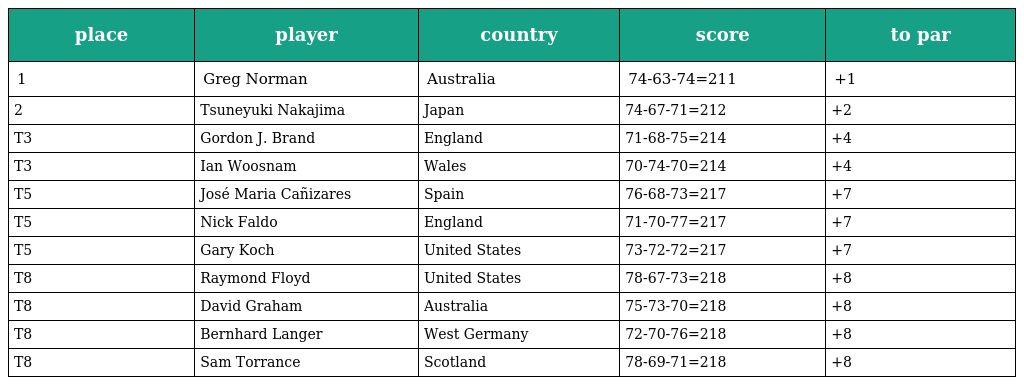
| place | player | country | score | to par |
 | --- | --- | --- | --- | --- |
 | 1 | Greg Norman | Australia | 74-63-74=211 | +1 |
 | 2 | Tsuneyuki Nakajima | Japan | 74-67-71=212 | +2 |
 | T3 | Gordon J. Brand | England | 71-68-75=214 | +4 |
 | T3 | Ian Woosnam | Wales | 70-74-70=214 | +4 |
 | T5 | José Maria Cañizares | Spain | 76-68-73=217 | +7 |
 | T5 | Nick Faldo | England | 71-70-77=217 | +7 |
 | T5 | Gary Koch | United States | 73-72-72=217 | +7 |
 | T8 | Raymond Floyd | United States | 78-67-73=218 | +8 |
 | T8 | David Graham | Australia | 75-73-70=218 | +8 |
 | T8 | Bernhard Langer | West Germany | 72-70-76=218 | +8 |
 | T8 | Sam Torrance | Scotland | 78-69-71=218 | +8 |